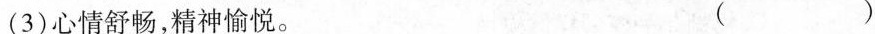
(3)心情舒畅 ，精神愉悦。( )